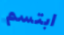
ابتسم